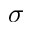
\sigma